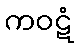
ကဝဋံ